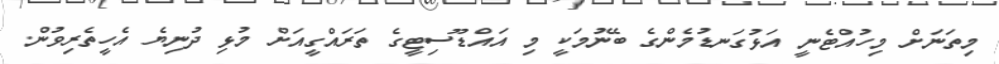
މިތަނަށް މިހުއްޓެނީ އަޅުގަނޑުމެންގެ ބޭނުމަކީ މި އައްޑޫސިޓީގެ ތަރައްގީއަށް މުޅި ދުނިޔެ އެހީތެރިވުން.